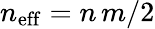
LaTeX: n_{\mathrm{eff}}=n\, m/2